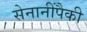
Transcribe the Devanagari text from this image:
सेनानींपैकी